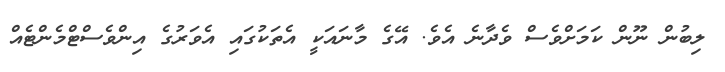
ލިބުން ނޫން ކަމަށްވެސް ވެދާނެ އެވެ. އޭގެ މާނައަކީ އެތަކުގައި އެވަރުގެ އިންވެސްޓްމެންޓެއް